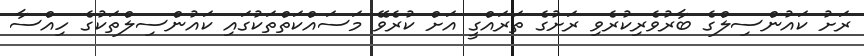
ރަށު ކައުންސިލްގެ ބާރުވެރިކުރެވި ރަށުގެ ތަރައްގީ އަށް ކުރެވޭ މަސައްކަތްތަކުގައި ކައުންސިލްތަކުގެ ހިއްސާ